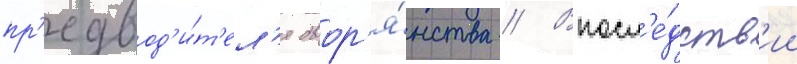
пр'едвод'и́т'ел'я двор'я́нства // Впосл'е́дств'ии